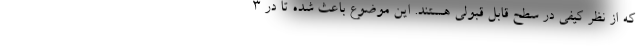
که از نظر کیفی در سطح قابل قبولی هستند. این موضوع باعث شده تا در 3